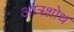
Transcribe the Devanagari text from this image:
आंत्रशोध